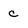
Character: c